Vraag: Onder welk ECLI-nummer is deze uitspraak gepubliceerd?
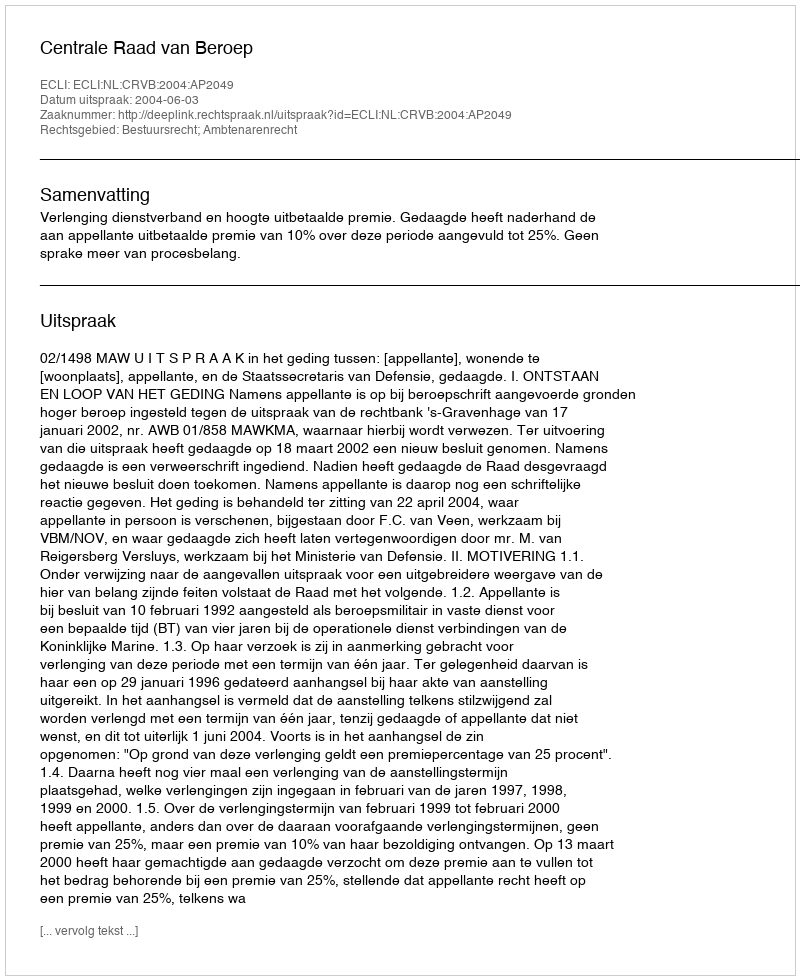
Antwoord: ECLI:NL:CRVB:2004:AP2049